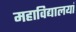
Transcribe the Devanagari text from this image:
महाविद्यालयां